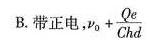
B.带正电， $$v _ { 0 } + \frac { Q e } { C h d }$$